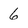
Character: 6